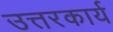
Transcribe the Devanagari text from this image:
उत्तरकार्य